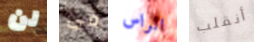
لن في الراس أنقلب